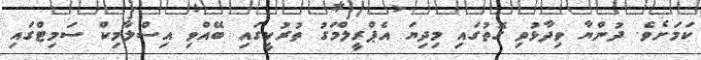
ކަމަށެވެ. ދުންޔާ ވިދާޅުވި ގޮތުގައި މިދިޔަ އެޕްރީލްމަގު ތުރުކީގައި ބޭއްވި އިސްލާމިކް ސަމިޓްގައި